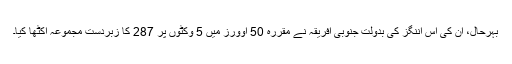
بہرحال، ان کی اس اننگز کی بدولت جنوبی افریقہ نے مقررہ 50 اوورز میں 5 وکٹوں پر 287 کا زبردست مجموعہ اکٹھا کیا۔